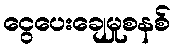
ငွေပေးချေမှုစနစ်